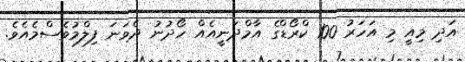
އަދި މިއީ މި އަހަރު 100 ކްރޯޑްގެ އާމްދަނީއެއް ހޯދުނު ދެވަނަ ފިލްމުވެސްމެއެވެ.